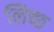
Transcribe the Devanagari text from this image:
लिच्छ